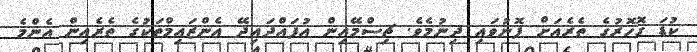
ކުޑަ ގޮހޮރުގެ ތެރެއަށް ފޮނުވައި ދިނުމެވެ. ޗިސްމޭއިން އުފައްދައިދޭ އެންޒައިމްތަކުގެ ތެރެއިން އެންމެ